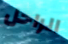
الراحل